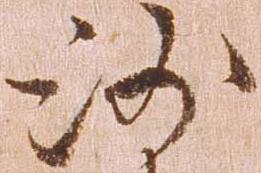
沙